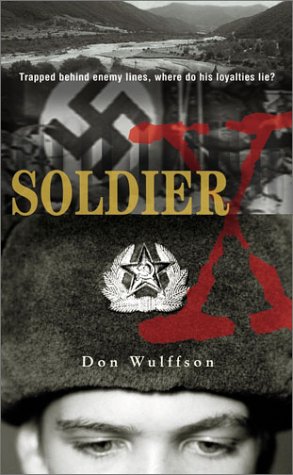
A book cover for Soldier X; Don L. Wulffson; Literature & Fiction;